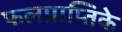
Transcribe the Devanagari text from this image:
फलप्राप्तिके